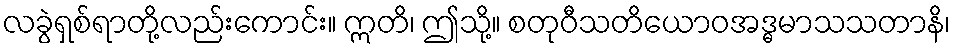
လခွဲရှစ်ရာတို့လည်းကောင်း။ ဣတိ၊ ဤသို့။ စတုဝီသတိယောဝအဒ္ဓမာသသတာနိ၊